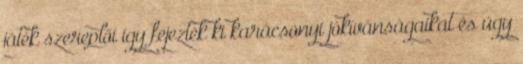
játék szereplői így fejezték ki karácsonyi jókívánságaikat és úgy